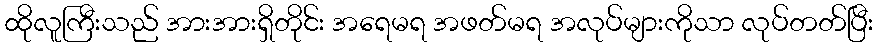
ထိုလူကြီးသည် အားအားရှိတိုင်း အရေမရ အဖတ်မရ အလုပ်များကိုသာ လုပ်တတ်ပြီး